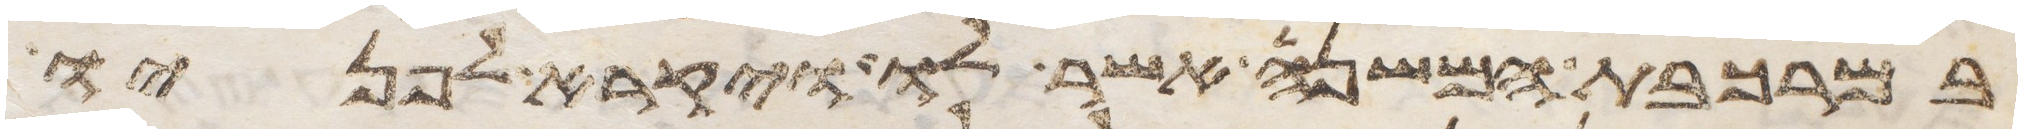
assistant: במרכבת המשנה אשר לו ויקרא לפניו